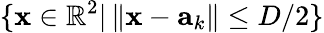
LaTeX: \{ \mathbf{x}\in\mathbb{R}^{2}|\left\| \mathbf{x}-\mathbf{a}_{k}\right\| \leq D/2\}